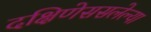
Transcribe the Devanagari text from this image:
दक्षिणेससलेल्या